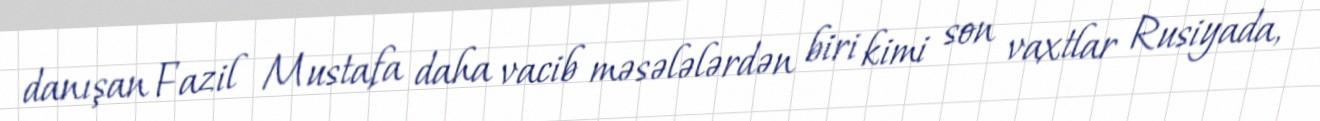
danışan Fazil Mustafa daha vacib məsələlərdən biri kimi son vaxtlar Rusiyada,